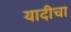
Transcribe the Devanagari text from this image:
यादीचा